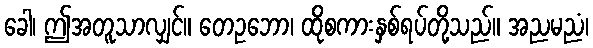
ခေါ၊ ဤအတူသာလျှင်။ တေဥဘော၊ ထိုစကားနှစ်ရပ်တို့သည်။ အညမညံ၊